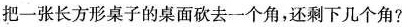
把一张长方形桌子的桌面砍去一个角，还剩下几个角？